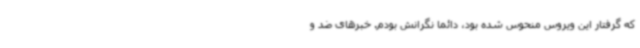
که گرفتار این ویروس منحوس شده بود، دائماً نگرانش بودم. خبرهای ضد و